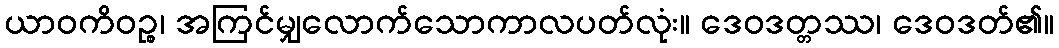
ယာဝကိဝဉ္စ၊ အကြင်မျှလောက်သောကာလပတ်လုံး။ ဒေဝဒတ္တဿ၊ ဒေဝဒတ်၏။